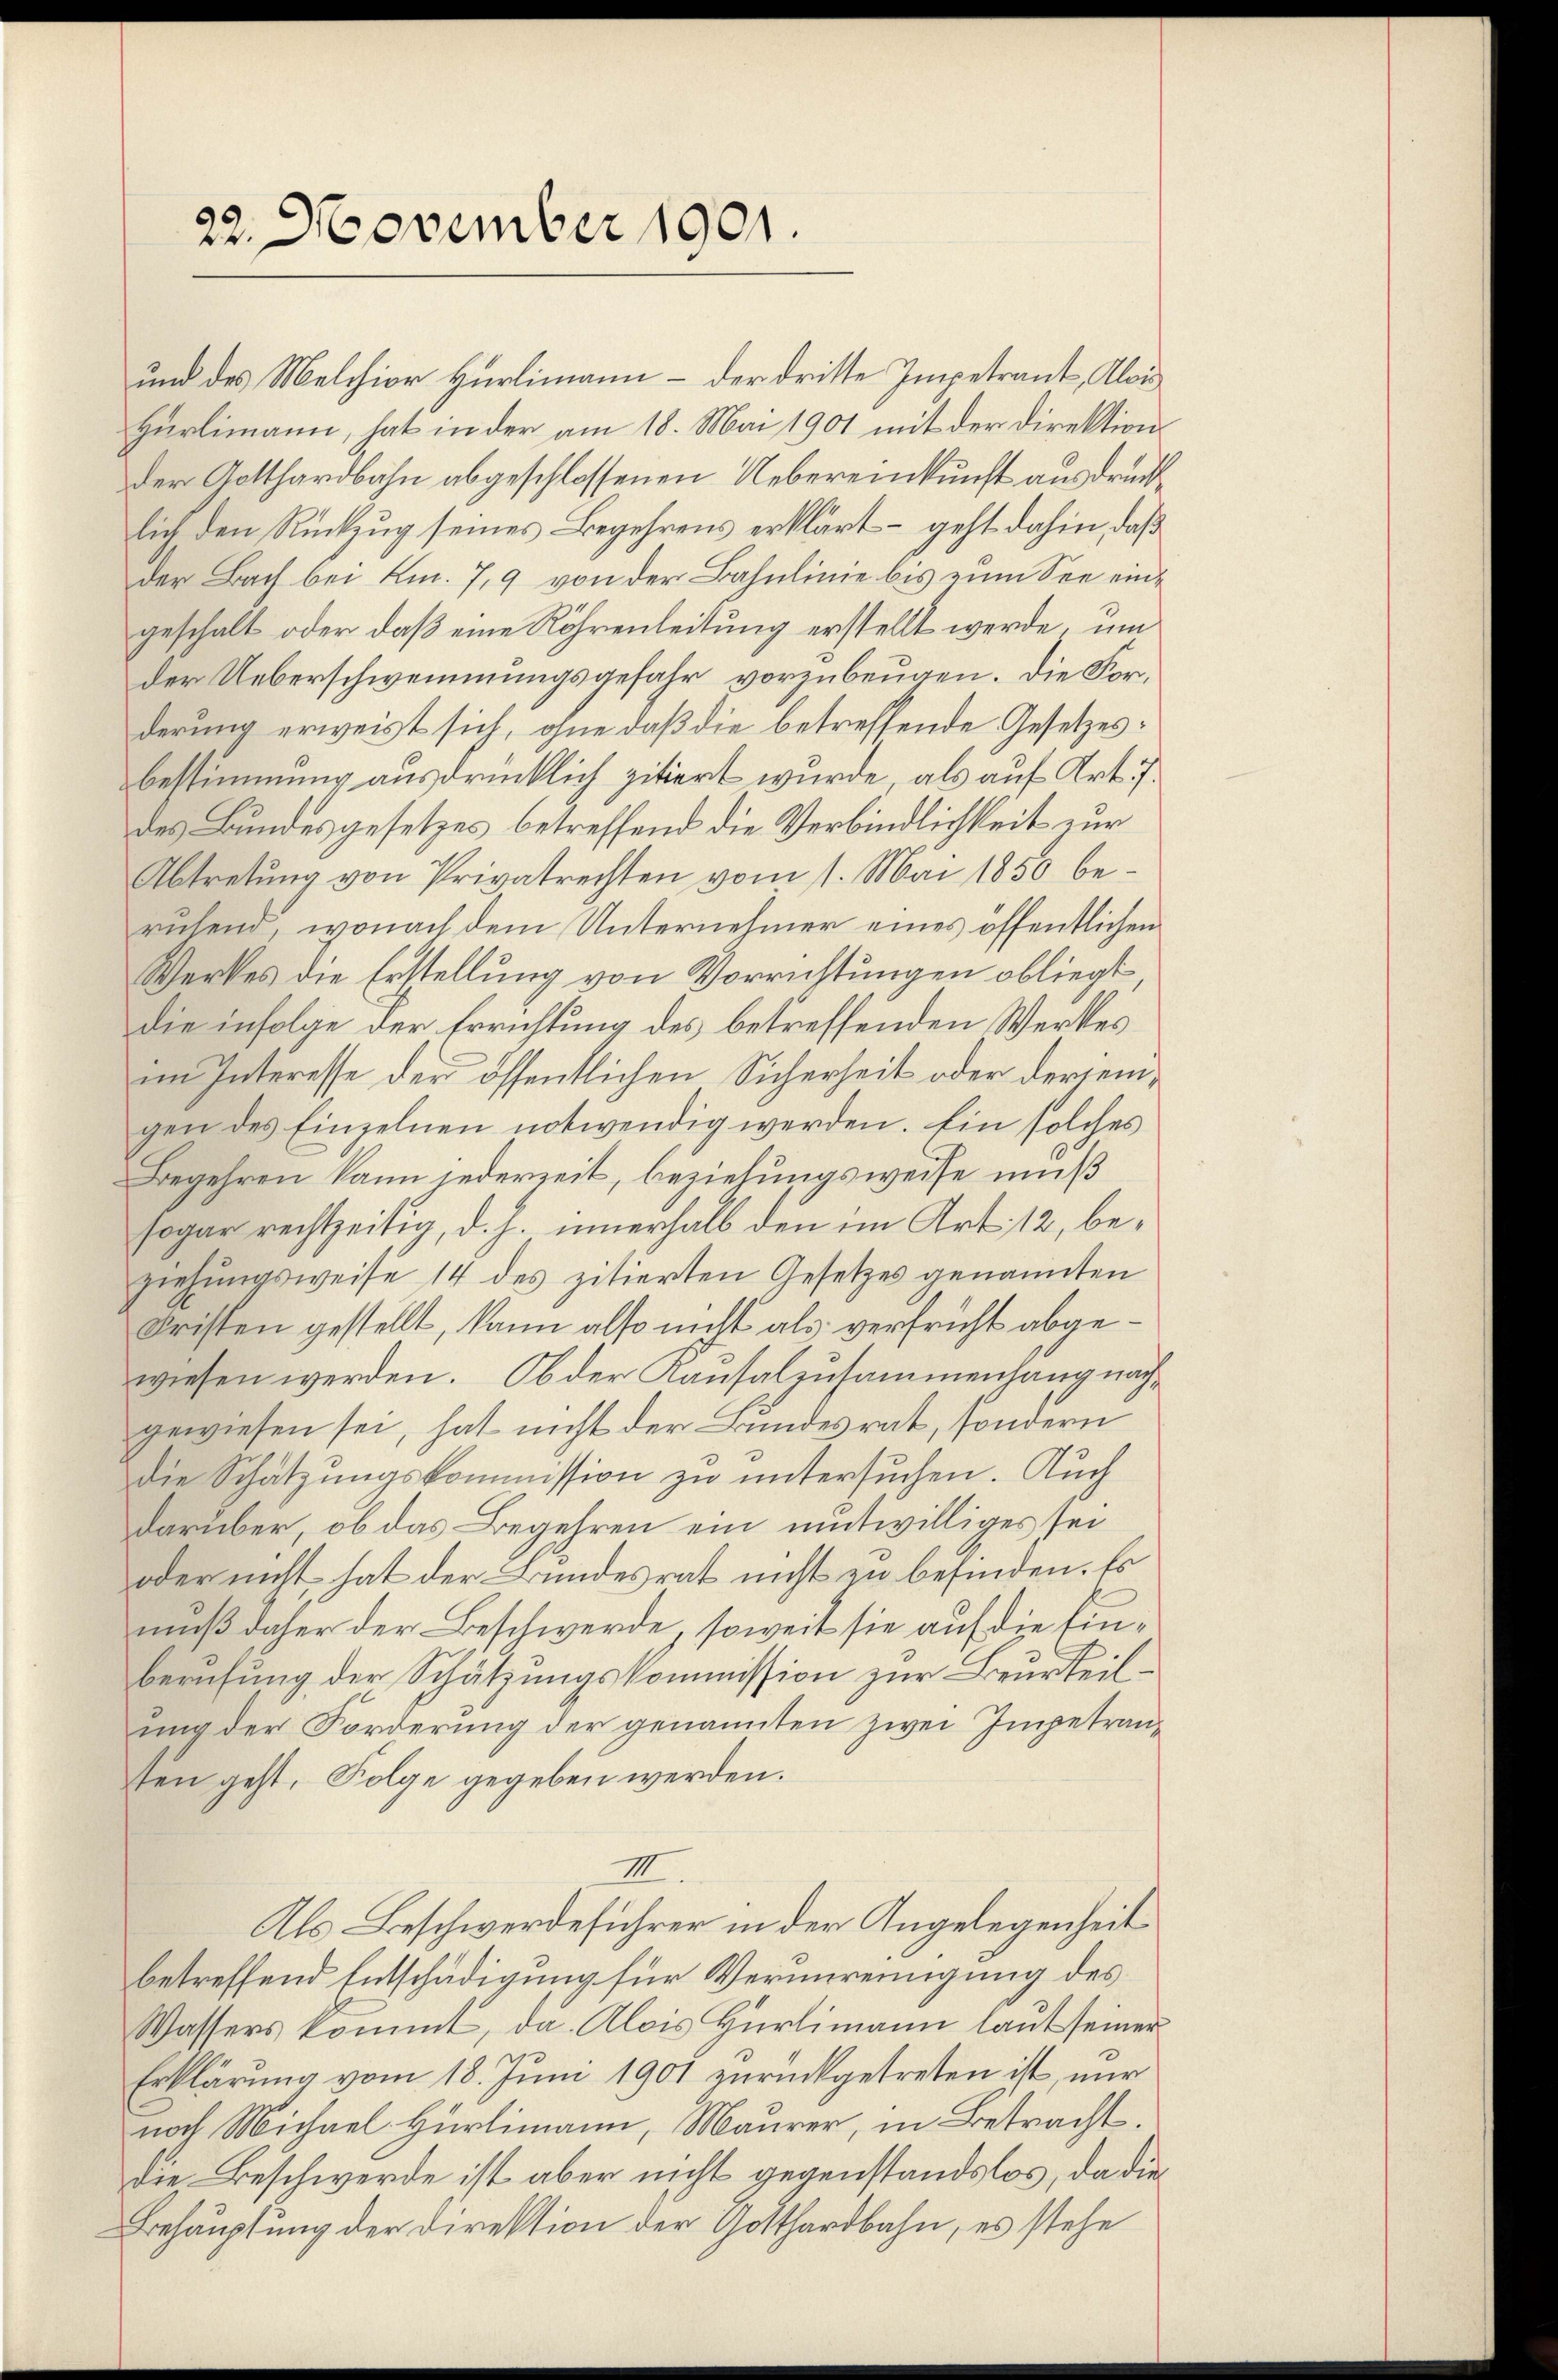
22. November 1901.

und des Melchior Hürlimann – der dritte Impetrant, Alois
Hürlimann, hat in der am 18. Mai 1901 mit der Direktion
der Gotthardbahn abgeschlossenen Uebereinkunft ausdrücklich den Rückzug seines Begehrens erklärt – geht dahin, daß
der Bach bei Km. 7, 9 von der Bahnlinie bis zum See eingeschalt oder daß eine Röhrenleitung erstellt werde, um
der Ueberschwemmungsgefahr vorzubeugen. Die Forderung erweist sich, ohne daß die betreffende Gesetzes:
bestimmung ausdrücklich zitiert wurde, als auf Art. 7.
des Bundesgesetzes betreffend die Verbindlichkeit zur
Abtretung von Privatrechten vom 1. Mai 1850 beruhend, wonach dem Unternehmer eines öffentlichen
Werkes die Erstellung von Vorrichtungen obliegt,
die infolge der Errichtung des betreffenden Werkes
im Interesse der öffentlichen Sicherheit oder derien,
gen des Einzelnen notwendig werden. Ein solches
Begehren kann jederzeit, beziehungsweise muß
sogar rechtzeitig, d. h. innerhalb den im Art. 12, beziehungsweise 14 des zitierten Gesetzes genannten
Fristen gestellt, kann also nicht als verfrüht abgewiesen werden. Ob der Kausalzusammenhang nach
gewiesen sei, hat nicht der Bundesrat, sondern
Die Schätzungskommission zu untersuchen. Auch
darüber, ob das Begehren ein mitwilliges sei
oder nicht hat der Bundesrat nicht zu befinden. Es
muß daher der Beschwerde, soweit sie auf die Ein¬
Berufung der Schätzungskommission zur Beurteilung der Forderung der genannten zwei Impetransten geht, Folge gegeben werden.
IIII
Als Beschwerdeführer in der Angelegenheit
betreffend Entschädigung für Verunreinigung des
Wassers kommt, da Alois Hürlimann laut seiner
Erklärung vom 18. Juni 1901 zurückgetreten ist, nur
noch Michael Hürlimann, Maurer, in Betracht,
die Beschwerde ist aber nicht gegenstandslos, da die¬
Behauptung der Direktion der Gotthardbahn, es stehe